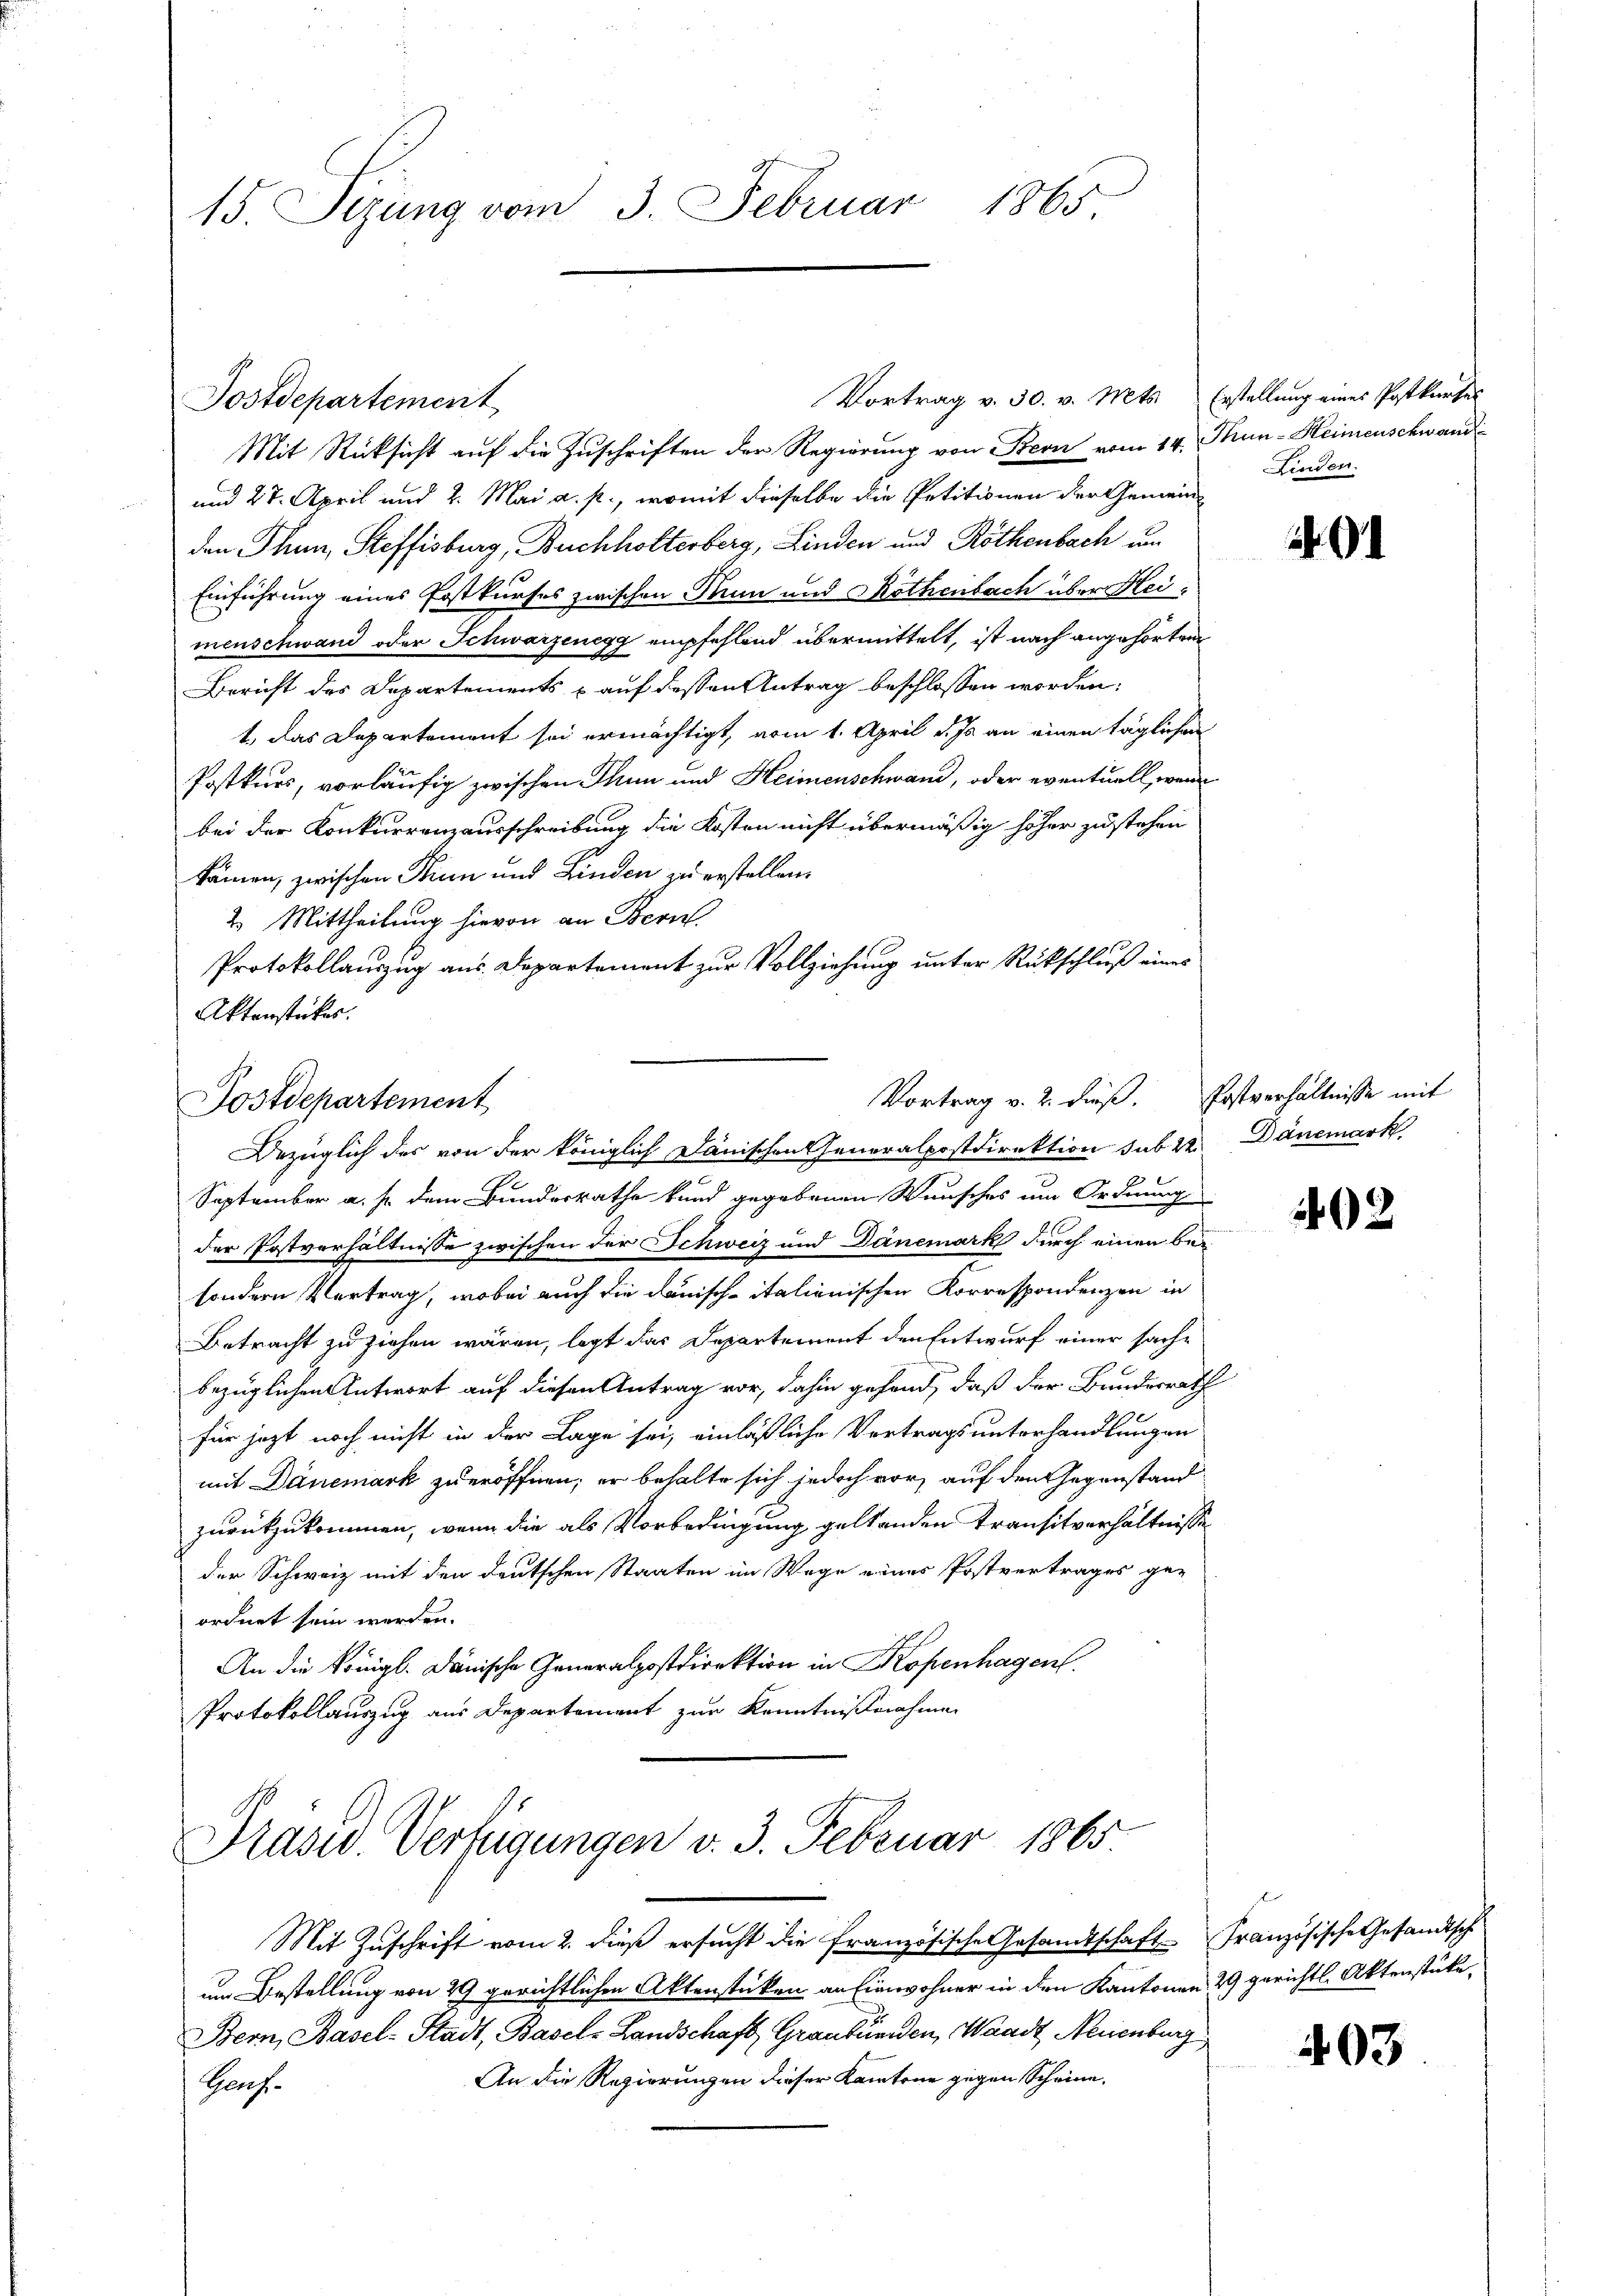
15. Sizung vom 3. Februar 1865

Mit Rücksicht auf die Zuschriften der Regierung von Bern vom 14. Thun - Heimenschwand
und 27. April und 2. Mai a. p., womit dieselbe die Petitionen der Gemeinden Thun, Steffisburg, Buchholterberg, Linden und Röthenbach um
Einführung eines Postkurses zwischen Rum und Köthenbach über Heimenschwand oder Schwarzenegg empfehlend übermittelt, ist nach angehörten
Bericht des Departements & auf dessen Antrag beschlossen worden:
1. Das Departement sei ermächtigt, vom 1. April d. Js. an einen täglichen
Postkurs, vorläufig zwischen Thun und Heimenschwand, oder eventuell, wenn
bei der Konkurrenzausschreibung die Kosten nicht übermäßig höher zu stehen
kämen, zwischen Sinn und Linden zu erstellen.
2. Mittheilung hievon an Bern.
Protokollauszug aus Departement zur Vollziehung unter Rückschluß eines
Aktenstückes.
Vortrag v. 2. dieß. Postverhältnisse mit
Postdepartement
Bezüglich des von der königlich Dänischen Generalpostdirektion sub 22. Dänemark
September a. s. dem Bundesrathe kund gegebenen Wunsches um Ordnung
der Postverhältnisse zwischen der Schweiz und Danemark durch einen bei
sondern Vertrag, wobei auch die danischeitalienischen Korrespondenzen in
Betracht zu ziehen wären, legt das Departement den Entwurf einer sache
bezüglichen Antwort auf diesen Antrag vor, dahin gehend, daß der Bundesrath
für jetzt noch nicht in der Lage sei, einläßliche Vertragsunterhandlungen
mit Danemark zu eröffnen; er behalte sich jedoch vor, auf den Gegenstand
zurückzukommen, wenn die als Vorbedingung geltenden transitverhältnisse
der Schweiz mit den deutschen Staaten im Wage einer Postvertrages ge-
ordnet sein werden.
An die Königl. Dänische Generalpostdirektion in Kopenhagen.
Protokollauszug aus Departement zur Kenntnißnahmen

Postdepartement

Prasid. Verfügungen v. 3. Februar 1865

Vortrag v. 30. v. Mts. Erstellung eines Postkurses

Linden.

Mit Zuschrift vom 2. dieß ersucht die französische Gesandtschaft Französische Gesandtsche
um Bestellung von 29 gerichtlichen Aktenstücken an Einwohner in den Kantonen 29 gerichtl. Aktenstüke¬
Bern, Basel-Stadt, Basel-Landschaft, Graubünden, Waadt, Neuenburg,
An die Regierungen dieser Kantone gegen Scheine
Hach.

02

403